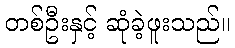
တစ်ဦးနှင့် ဆုံခဲ့ဖူးသည်။